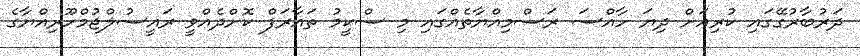
ދަރުބާރުގޭގައި ކުރިއަށް ދިޔަ ހާއްސަ ރަސްމިއްޔާތެއްގައި މި ސްކީމު ތައާރަފް ކޮށްދެއްވީ ރައީސުލްޖުމްހޫރިއްޔާގެ